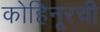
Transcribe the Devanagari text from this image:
कोहिनूरची